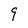
Character: 9